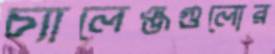
চ্যালেঞ্জগুলোর